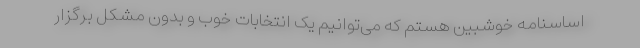
اساسنامه خوشبین هستم که می‌توانیم یک انتخابات خوب و بدون مشکل برگزار